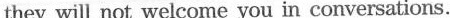
they will not welcome you in conversations.